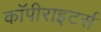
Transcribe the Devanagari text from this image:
कॉपीराइटर्स